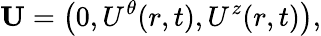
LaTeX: {\mathbf{U}}=\left({0,U^{\theta}(r,t),U^{z}(r,t)}\right),